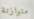
متوازنة